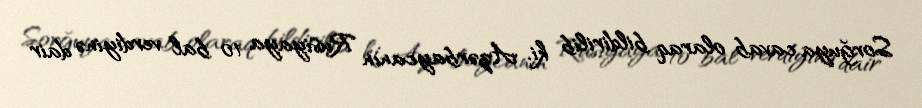
Sorğuya cavab olaraq bildirilib ki, Azərbaycanın Rusiyaya 10 bal verdiyinə dair